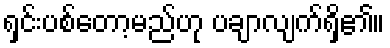
ရှင်းပစ်တော့မည်ဟု ပချာလျက်ရှိ၏။